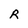
Character: R